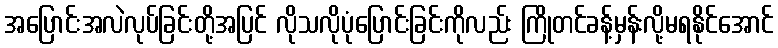
အပြောင်းအလဲလုပ်ခြင်းတို့အပြင် လိုသလိုပုံပြောင်းခြင်းကိုလည်း ကြိုတင်ခန့်မှန်းလို့မရနိုင်အောင်